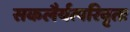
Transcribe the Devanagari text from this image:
सकलैर्यत्परिवृतः